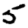
Digit: 5